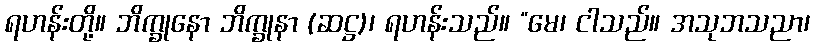
ရဟန်းတို့။ ဘိက္ခုနော ဘိက္ခုနာ (ဆဋ္ဌ)၊ ရဟန်းသည်။ “မေ၊ ငါသည်။ အသုဘသညာ၊